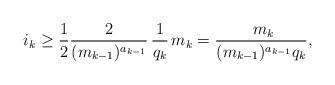
LaTeX: \begin{align*} i_k\geq \frac{1}{2} \frac{2}{(m_{k-1})^{a_{k-1}}}\,\frac{1}{q_k}\, m_k = \frac{\ m_k}{(m_{k-1})^{a_{k-1}} q_k}, \end{align*}